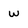
Character: w